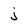
Character: j